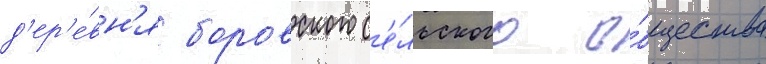
д'ер'е́вн'я боровского с'е́льского о́бщества